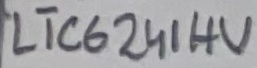
Text: LTC6241HV